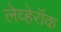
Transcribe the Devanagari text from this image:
लेव्हेरॉक